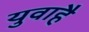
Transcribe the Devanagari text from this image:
युवाहै